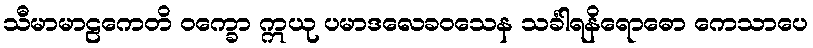
သီမာမာဠကေတိ ဝက္ခော ဣယု ပမာဒလေခဝသေန သင်္ခါရနိရောဓော ကေသာပေ